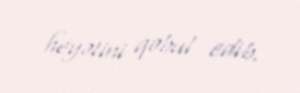
heyətini qəbul edib.